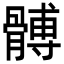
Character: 髆